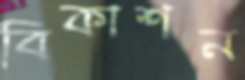
বিকাশন